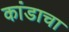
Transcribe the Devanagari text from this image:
कांडाचा